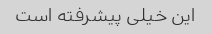
این خیلی پیشرفته است